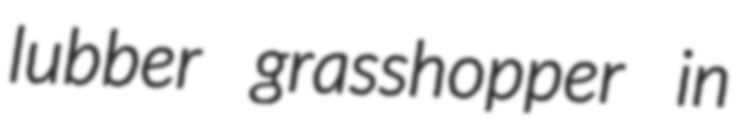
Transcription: lubber grasshopper in